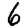
Digit: 6